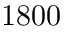
1 8 0 0